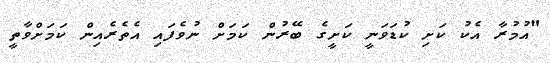
"އުމުރާ އެކު ކަށި ކުޑަވަނީ ކަށީގެ ބޭރުން ކަމަށް ނުވެފައި އެތެރެއިން ކަމަށްވާތީ